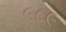
૯૮૯